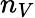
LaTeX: n_{V}